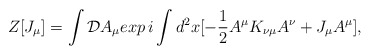
\begin{align*}Z [J_\mu] = \int {\cal D} A_\mu exp \,i \int d^2 x [- {1 \over 2} A^\mu K_{\nu \mu} A^\nu + J_\mu A^\mu],\end{align*}